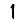
Digit: 1